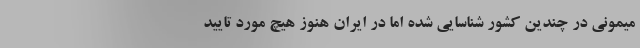
میمونی در چندین کشور شناسایی شده اما در ایران هنوز هیچ مورد تایید